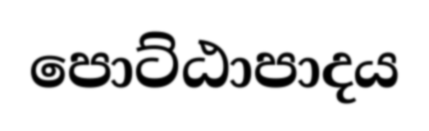
පොට්ඨාපාදය